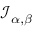
{ \mathcal { I } } _ { \alpha , \beta }